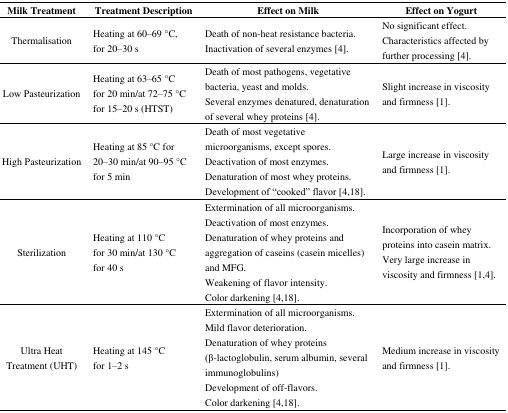
<table><thead><tr><td><b>Milk Treatment</b></td><td><b>Treatment Description</b></td><td><b>Effect on Milk</b></td><td><b>Effect on Yogurt</b></td></tr></thead><tbody><tr><td rowspan="2">Thermalisation</td><td rowspan="2">Heating at 60–69 °C, for 20–30 s</td><td>Death of non-heat resistance bacteria.</td><td>No significant effect. </td></tr><tr><td>Inactivation of several enzymes [4].</td><td>Characteristics affected by further processing [4].</td></tr><tr><td rowspan="2">Low Pasteurization</td><td rowspan="2">Heating at 63–65 °C for 20 min/at 72–75 °C for 15–20 s (HTST)</td><td>Death of most pathogens, vegetative bacteria, yeast and molds.</td><td rowspan="2">Slight increase in viscosity and firmness [1].</td></tr><tr><td>Several enzymes denatured, denaturation of several whey proteins [4].</td></tr><tr><td rowspan="4">High Pasteurization</td><td rowspan="4">Heating at 85 °C for 20–30 min/at 90–95 °C for 5 min</td><td>Death of most vegetative microorganisms, except spores.</td><td rowspan="4">Large increase in viscosity and firmness [1].</td></tr><tr><td>Deactivation of most enzymes. </td></tr><tr><td>Denaturation of most whey proteins.</td></tr><tr><td>Development of “cooked” flavor [4,18].</td></tr><tr><td rowspan="5">Sterilization</td><td rowspan="5">Heating at 110 °C for 30 min/at 130 °C for 40 s</td><td>Extermination of all microorganisms.</td><td rowspan="5">Incorporation of whey proteins into casein matrix. Very large increase in viscosity and firmness [1,4].</td></tr><tr><td>Deactivation of most enzymes.</td></tr><tr><td>Denaturation of whey proteins and aggregation of caseins (casein micelles) and MFG.</td></tr><tr><td>Weakening of flavor intensity.</td></tr><tr><td>Color darkening [4,18].</td></tr><tr><td rowspan="5">Ultra Heat Treatment (UHT)</td><td rowspan="5">Heating at 145 °C for 1–2 s</td><td>Extermination of all microorganisms.</td><td rowspan="5">Medium increase in viscosity and firmness [1].</td></tr><tr><td>Mild flavor deterioration.</td></tr><tr><td>Denaturation of whey proteins (β-lactoglobulin, serum albumin, several immunoglobulins)</td></tr><tr><td>Development of off-flavors.</td></tr><tr><td>Color darkening [4,18].</td></tr></tbody></table>